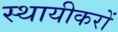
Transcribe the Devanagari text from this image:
स्थायीकरों